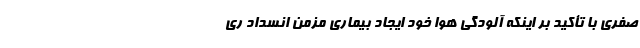
صفری با تأکید بر اینکه آلودگی هوا خود ایجاد بیماری مزمن انسداد ری